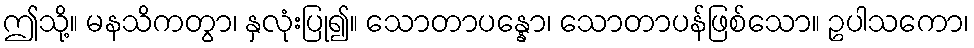
ဤသို့။ မနသိကတွာ၊ နှလုံးပြု၍။ သောတာပန္နော၊ သောတာပန်ဖြစ်သော။ ဥပါသကော၊